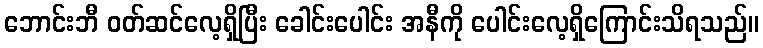
ဘောင်းဘီ ဝတ်ဆင်လေ့ရှိပြီး ခေါင်းပေါင်း အနီကို ပေါင်းလေ့ရှိကြောင်းသိရသည်။